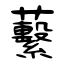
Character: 蘻